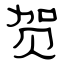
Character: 贺